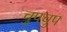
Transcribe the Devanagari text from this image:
चुपचुप